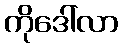
ကိုဒေါ်လာ